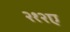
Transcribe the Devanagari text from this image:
२१२ए